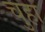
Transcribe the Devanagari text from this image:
चुहा